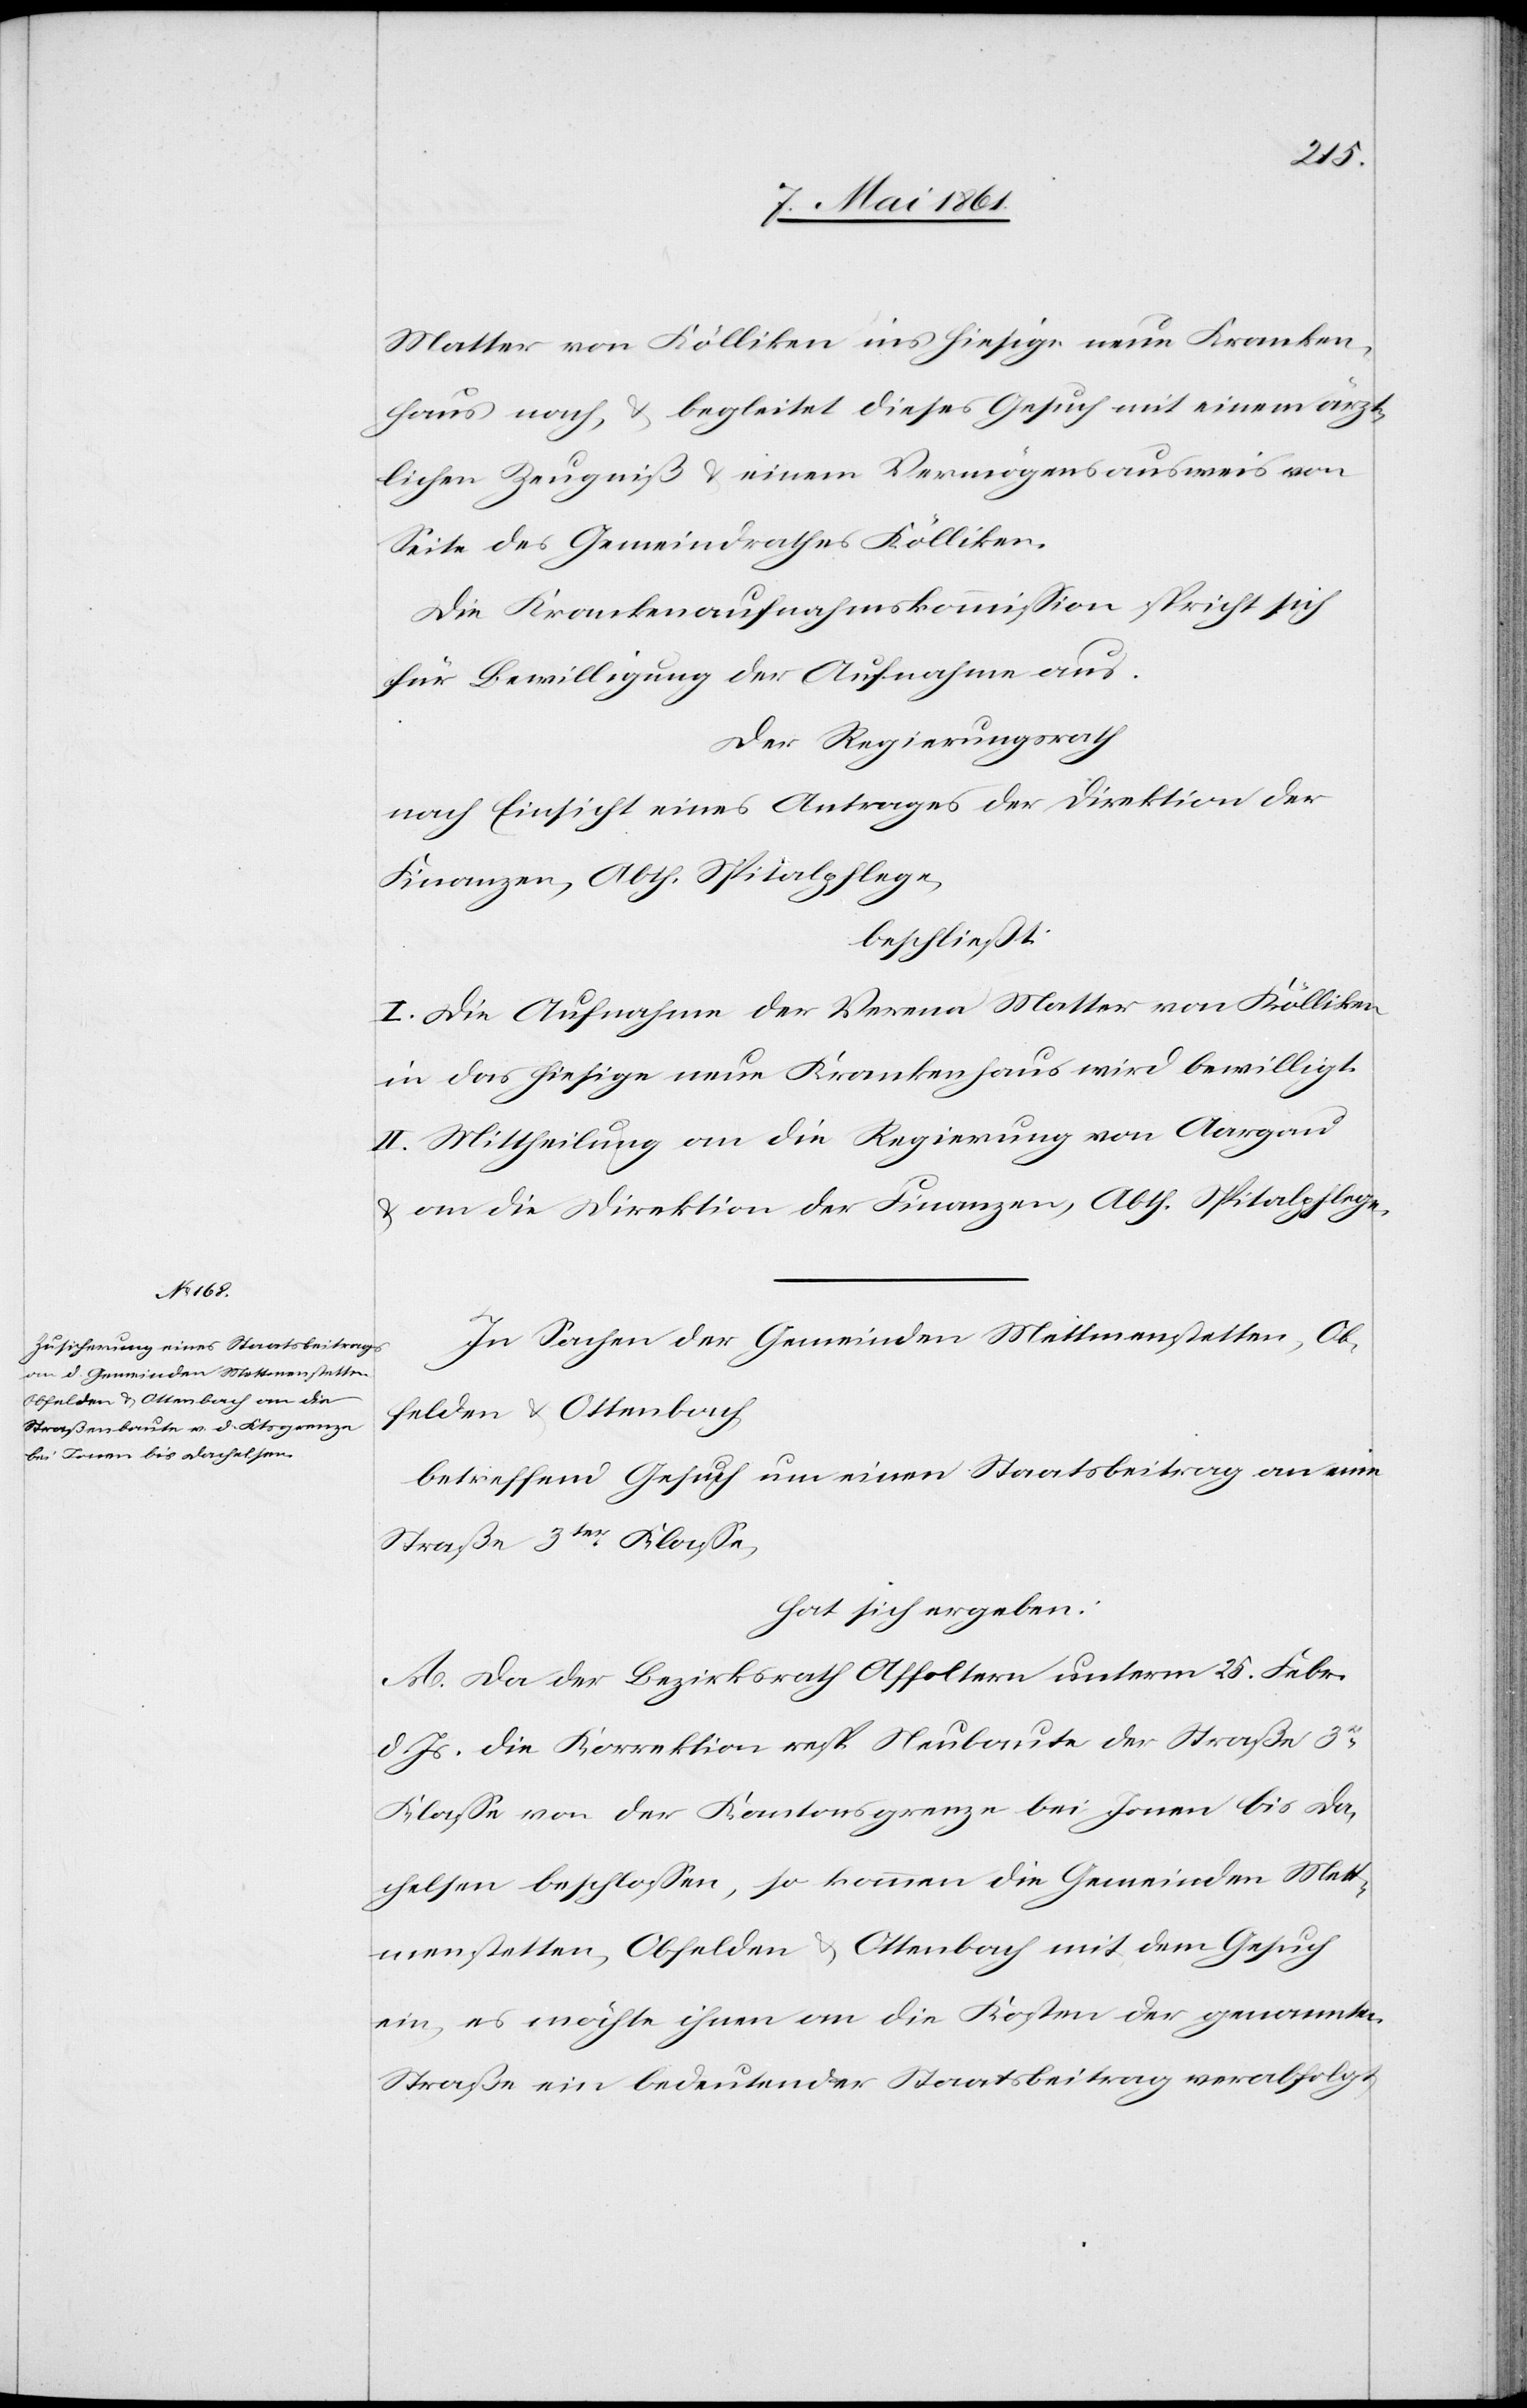
Matter von Kölliken ins hiesige neue Kranken¬
haus nach, u. begleitet dieses Gesuch mit einem ärzt¬
lichen Zeugniß u. einem Vermögensausweis von
Seite des Gemeindrathes Kölliken.
Die Krankenaufnahmskommission spricht sich
für Bewilligung der Aufnahme aus.
Der Regierungsrath
nach Einsicht eines Antrages der Direktion der
Finanzen, Abth. Spitalpflege,
beschließt:
I. Die Aufnahme der Verena Matter von Kölliken
in das hies. neue Krankenhaus wird bewilligt.
II. Mittheilung an die Regierung von Aargau
u. an die Direktion der Finanzen, Abth. Spitalpfelge.
In Sachen der Gemeinden Mettmenstetten, Ob¬
felden u. Ottenbach
betreffend Gesuch um einen Staatsbeitrag an eine
Straße 3ter Klasse,
hat sich ergeben:
A. Da der Bezirksrath Affoltern unterm 25. Febr.
d. Js. die Korrektion resp. Neubaute der Straße 3r
Klasse von der Kantonsgrenze bei Jonen bis Da¬
chelsen beschlossen, so kommen die Gemeinden Mett¬
menstetten, Obfelden u. Ottenbach mit dem Gesuch
ein, es möchte ihnen an die Kosten der genannten
Straße ein bedeutender Staatsbeitrag verabfolgt